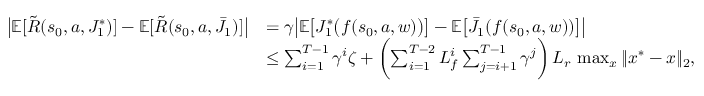
\begin{array} { r l } { \bigl | \mathbb { E } [ \tilde { R } ( s _ { 0 } , a , J _ { 1 } ^ { * } ) ] - \mathbb { E } [ \tilde { R } ( s _ { 0 } , a , \bar { J } _ { 1 } ) ] \bigr | } & { = \gamma \bigl | \mathbb { E } \bigl [ J _ { 1 } ^ { * } \bigl ( f ( s _ { 0 } , a , w ) \bigr ) \bigr ] - \mathbb { E } \bigl [ \bar { J } _ { 1 } ( f ( s _ { 0 } , a , w ) ) \bigr ] \bigr | } \\ & { \leq \sum _ { i = 1 } ^ { T - 1 } \gamma ^ { i } \zeta + \biggl ( \sum _ { i = 1 } ^ { T - 2 } L _ { f } ^ { i } \sum _ { j = i + 1 } ^ { T - 1 } \gamma ^ { j } \biggr ) \, L _ { r } \, \operatorname* { m a x } _ { x } \| x ^ { * } - x \| _ { 2 } , } \end{array}